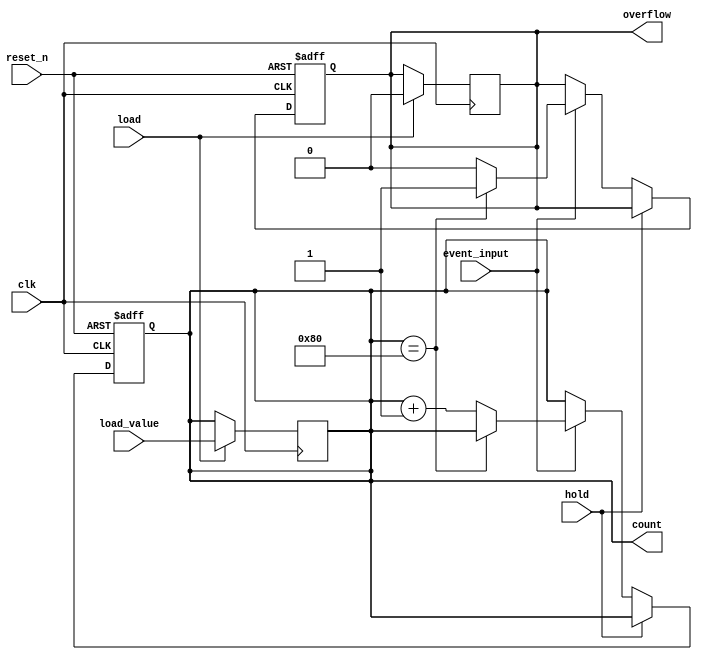
module EventCounter #(
    parameter COUNTER_WIDTH = 8,  // Define the width of the counter
    parameter MEMORY_DEPTH = 1     // Define the depth of the memory block (1 for simplicity)
)(
    input wire clk,                // Clock signal
    input wire event_input,        // Event input signal (e.g., clock pulse or trigger)
    input wire reset_n,            // Asynchronous active-low reset signal
    input wire hold,               // Hold signal to pause counting
    input wire load,               // Load signal to load a specific value
    input wire [COUNTER_WIDTH-1:0] load_value, // Value to load into the counter
    output reg [COUNTER_WIDTH-1:0] count, // Current count value
    output reg overflow            // Overflow flag
);

    // Memory block to store the current count value
    reg [COUNTER_WIDTH-1:0] memory [0:MEMORY_DEPTH-1];

    // Asynchronous reset and counting logic
    always @(posedge clk or negedge reset_n) begin
        if (!reset_n) begin
            count <= 0;            // Reset the counter to zero
            overflow <= 0;         // Clear overflow flag
        end else if (!hold) begin
            if (event_input) begin
                if (count == {1'b1, {COUNTER_WIDTH-1{1'b0}}}) begin
                    overflow <= 1;   // Set overflow flag if maximum count is reached
                end else begin
                    count <= count + 1; // Increment the counter
                    overflow <= 0;       // Clear overflow flag
                end
            end
        end
    end

    // Load value into the counter when load signal is asserted
    always @(posedge clk) begin
        if (load) begin
            count <= load_value; // Load the specified value into the counter
            overflow <= 0;       // Clear overflow flag on load
        end
    end

    // Memory access (optional, can be expanded based on requirements)
    always @(posedge clk) begin
        memory[0] <= count; // Store the current count in memory
    end

endmodule